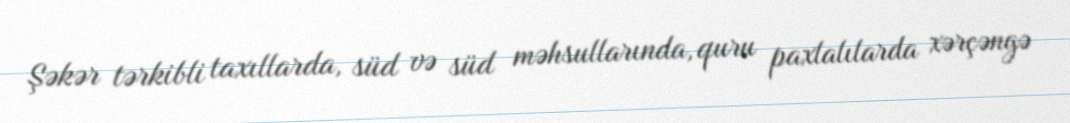
Şəkər tərkibli taxıllarda, süd və süd məhsullarında, quru paxlalılarda xərçəngə